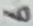
Text: 6